Calcutta medical institutions reports 1879-81 [i.e.91]
Year: 1879
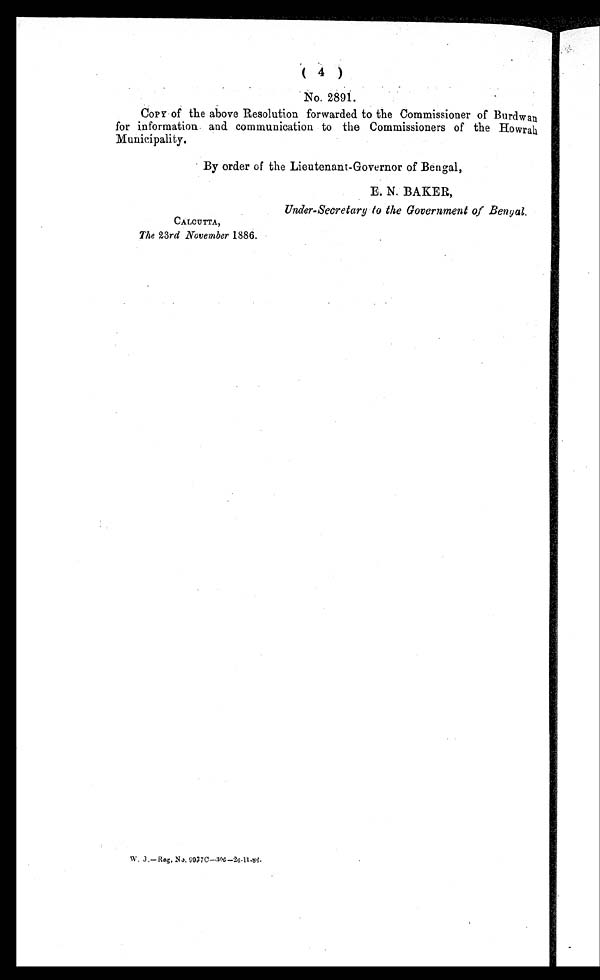
( 4 )
No. 2891.
COPY of the above Resolution forwarded to the Commissioner of Burdwan
for information and communication to the Commissioners of the Howrah
Municipality.
By order of the Lieutenant-Governor of Bengal,
E.N.BAKER,
Under-Secretary to the Government of Bengal.
CALCUTTA,
The 23rd November 1886.
W.J.—Reg. No. 9937C-306-26.11.86.